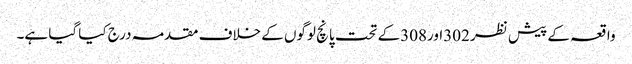
واقعہ کے پیش نظر 302اور308کے تحت پانچ لوگوں کے خلاف مقدمہ درج کیا گیا ہے۔